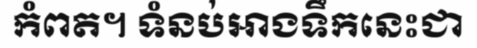
កំពត។ ទំនប់អាងទឹកនេះជា